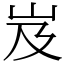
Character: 岌